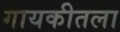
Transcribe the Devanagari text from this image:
गायकीतला